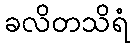
ခလိတသိရံ